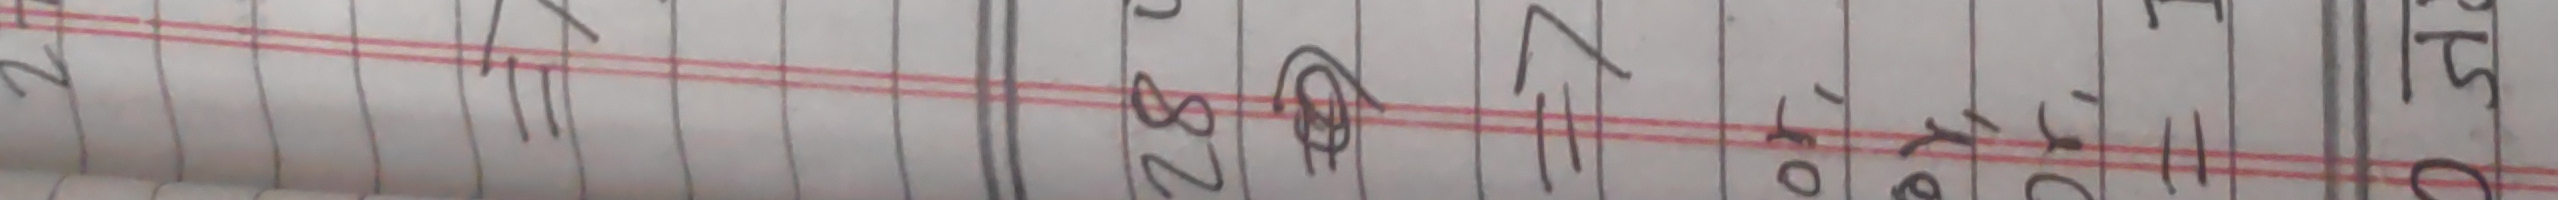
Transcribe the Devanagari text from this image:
27

28
27
०१/११/२